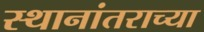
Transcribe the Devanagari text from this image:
स्थानांतराच्या